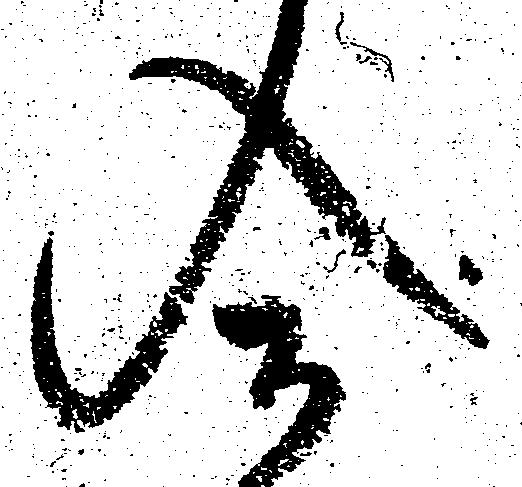
合